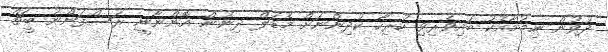
ދުވުން ނިމުމާއެކު ބައިވެރިވި ހުރިހާ ކުދިންނަށް މެޑަލް ދިނުން އޮންނާނީ ރަސްފަންނު ބީޗް